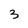
Character: 3